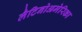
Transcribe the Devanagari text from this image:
लैटिनोअमेरिका